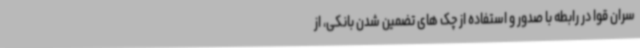
سران قوا در رابطه با صدور و استفاده از چک های تضمین شدن بانکی، از